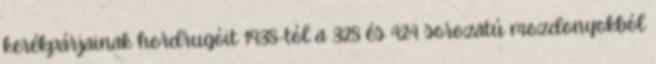
kerékpárjainak hordrugóit 1938-tól a 328 és 424 sorozatú mozdonyokból